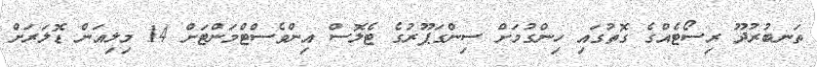
ތަނބުރުދޫ ރިސޯޓެއްގެ ގޮތުގައި ހިންގުމަށް ސިންގަޕޫރުގެ ޓެލޮސް އިންވެސްޓްމަންޓަށް 14 މިލިއަން ޑޮލަރަށް